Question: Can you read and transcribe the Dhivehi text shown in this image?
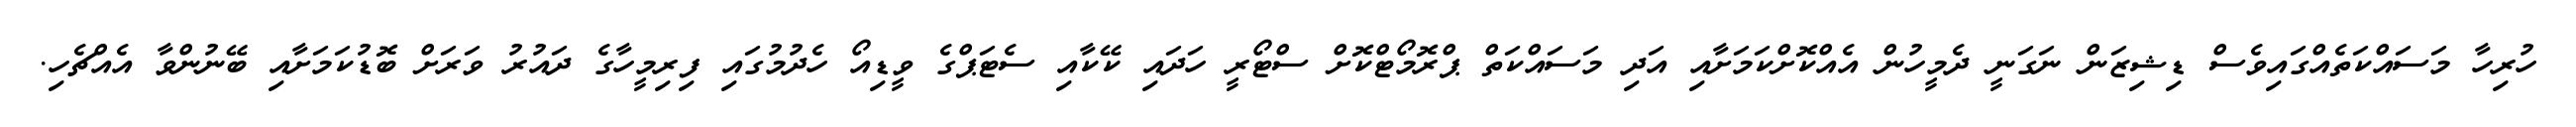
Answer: ހުރިހާ މަސައްކަތެއްގައިވެސް ޑިޝިޒަން ނަގަނީ ދެމީހުން އެއްކޮށްކަމަށާއި އަދި މަސައްކަތް ޕްރޮމޯޓްކޮށް ސްޓޯރީ ހަދައި ކޭކާއި ސެޓަޕްގެ ވީޑިއޯ ހެދުމުގައި ފިރިމީހާގެ ދައުރު ވަރަށް ބޮޑުކަމަށާއި ބޭނުންވާ އެއްޗެހި.